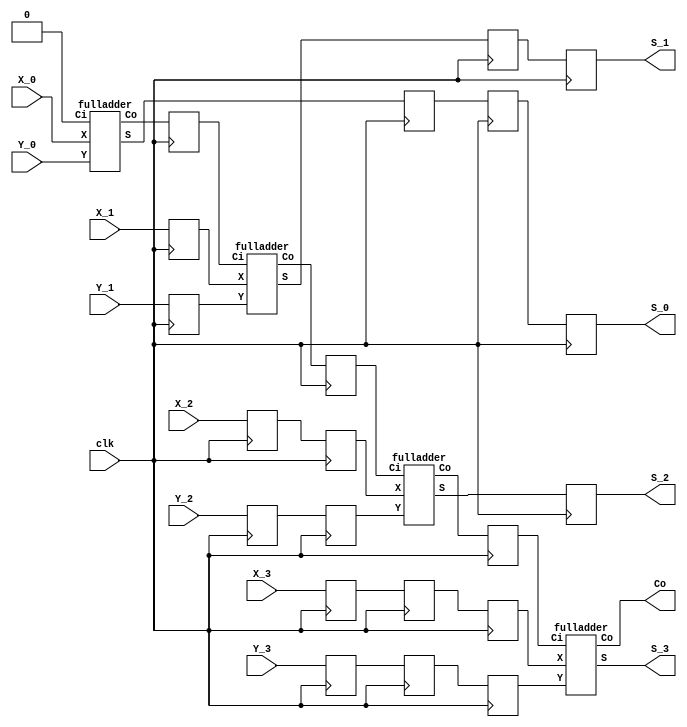
module rrr(clk, X_0, Y_0, X_1, Y_1, X_2, Y_2, X_3, Y_3, S_0, S_1, S_2, S_3, Co);
input clk;
 input X_0, Y_0, X_1, Y_1, X_2, Y_2, X_3, Y_3;
 output S_0, S_1, S_2, S_3;
 output Co;
 wire w1, w2, w3;
 reg xw1, xw2, xw3;
 reg XX_1, XX_2, XX_3, XXX_2, XXX_3, XXXX_3;
 reg YY_1, YY_2, YY_3, YYY_2, YYY_3, YYYY_3;
 // reg SS_2, SS_1, SS_0, SSS_1, SSS_0, SSSS_0;
 reg SS_1, SS_0, SSS_0;
 reg sS_0, sS_1, sS_2;
 assign S_0 = sS_0;
 assign S_1 = sS_1;
 assign S_2 = sS_2;
 // instantiating 4 1-bit full adders in Verilog
 fulladder u1(X_0, Y_0, 1'b0, SSSS_0, w1);
 fulladder u2(XX_1, YY_1, xw1, SSS_1, w2);
 fulladder u3(XXX_2, YYY_2, xw2, SS_2, w3);
 fulladder u4(XXXX_3, YYYY_3, xw3, S_3, Co);
 always @ (posedge clk) begin
   XX_1 <= X_1;
   XX_2 <= X_2;
   XXX_2 <= XX_2;
   XX_3 <= X_3;
   XXX_3 <= XX_3;
   XXXX_3 <= XXX_3;
   YY_1 <= Y_1;
   YY_2 <= Y_2;
   YYY_2 <= YY_2;
   YY_3 <= Y_3;
   YYY_3 <= YY_3;
   YYYY_3 <= YYY_3;
   sS_0 <= SS_0;
   SS_0 <= SSS_0;
   SSS_0 <= SSSS_0;
   sS_1 <= SS_1;
   SS_1 <= SSS_1;
   sS_2 <= SS_2;
   xw1 <= w1;
   xw2 <= w2;
   xw3 <= w3;
 end
 initial begin
   XX_1 <= 1'b0;
   XX_2 <= 1'b0;
   XXX_2 <= 1'b0;
   XX_3 <= 1'b0;
   XXX_3 <= 1'b0;
   XXXX_3 <= 1'b0;
   YY_1 <= 1'b0;
   YY_2 <= 1'b0;
   YYY_2 <= 1'b0;
   YY_3 <= 1'b0;
   YYY_3 <= 1'b0;
   YYYY_3 <= 1'b0;
   sS_0 <= 1'b0;
   SS_0 <= 1'b0;
   SSS_0 <= 1'b0;
   sS_1 <= 1'b0;
   SS_1 <= 1'b0;
   sS_2 <= 1'b0;
   xw1 <= 1'b0;
   xw2 <= 1'b0;
   xw3 <= 1'b0;
 end
endmodule

module fulladder(X, Y, Ci, S, Co);
  input X, Y, Ci;
  output S, Co;
  wire w1,w2,w3;
  //Structural code for one bit full adder
  xor (w1, X, Y);
  xor (S, w1, Ci);
  and (w2, w1, Ci);
  and (w3, X, Y);
  or (Co, w2, w3);
endmodule